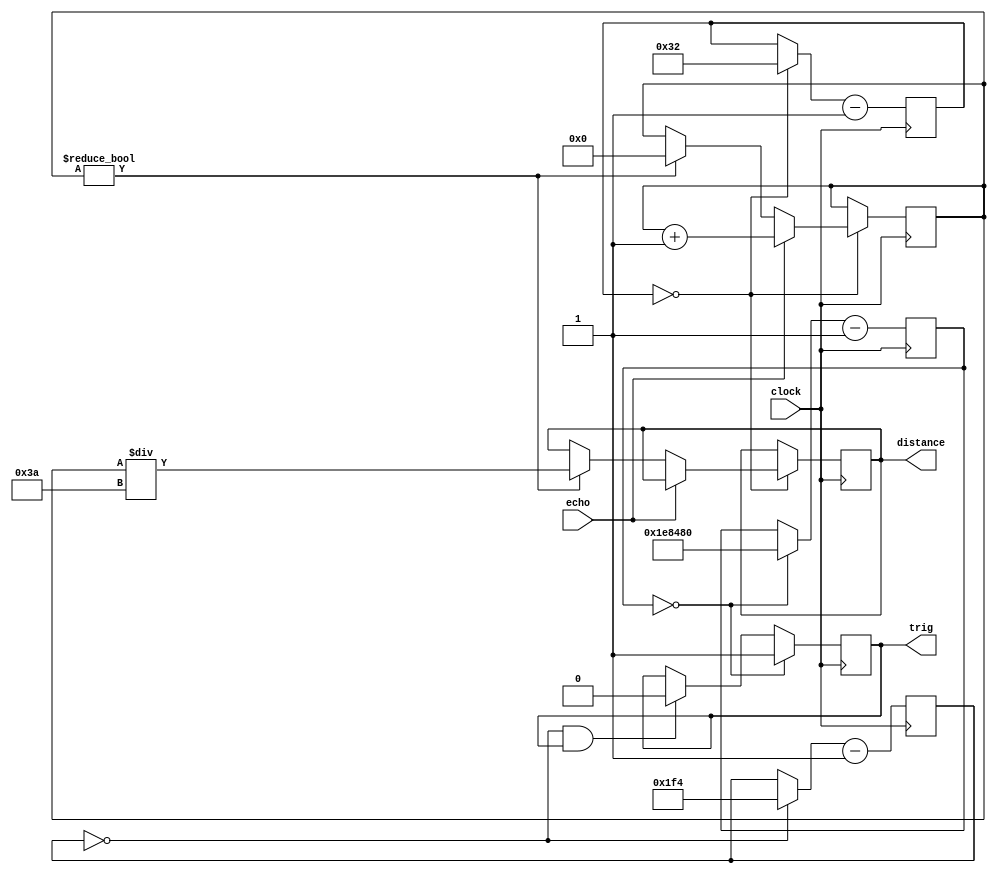
module sonic(
   input clock,
	output trig,
	input echo,
	output reg [32:0] distance
);

reg [32:0] us_counter = 0;
reg _trig = 1'b0;

reg [9:0] one_us_cnt = 0;
wire one_us = (one_us_cnt == 0);

reg [9:0] ten_us_cnt = 0;
wire ten_us = (ten_us_cnt == 0);

reg [21:0] forty_ms_cnt = 0;
wire forty_ms = (forty_ms_cnt == 0);

assign trig = _trig;

always @(posedge clock) begin
	one_us_cnt <= (one_us ? 50 : one_us_cnt) - 1;
	ten_us_cnt <= (ten_us ? 500 : ten_us_cnt) - 1;
	forty_ms_cnt <= (forty_ms ? 2000000 : forty_ms_cnt) - 1;
	
	if (ten_us && _trig)
		_trig <= 1'b0;
	
	if (one_us) begin	
		if (echo)
			us_counter <= us_counter + 1;
		else if (us_counter) begin
			distance <= us_counter / 58;
			us_counter <= 0;
		end
	end
	
   if (forty_ms)
		_trig <= 1'b1;
end

endmodule